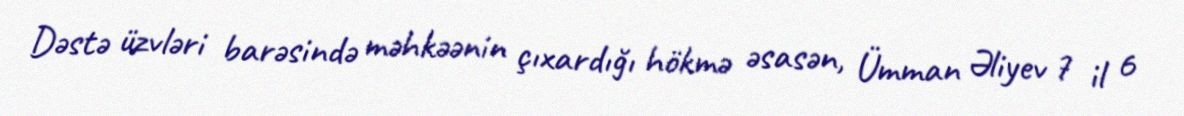
Dəstə üzvləri barəsində məhkəənin çıxardığı hökmə əsasən, Ümman Əliyev 7 il 6